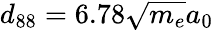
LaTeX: d_{88}=6.78\sqrt{m_{e}}a_{0}